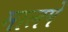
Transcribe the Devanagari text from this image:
मालपे